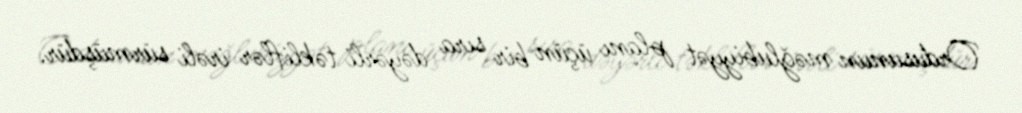
Ordusunun məğlubiyyət planı üçün bir sıra dəyərli təkliflər irəli sürmüşdür.